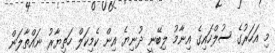
މި އަހަރުގެ ސުލްހައިގެ އިނާމު ލިބޭނީ ދުނިޔެ އިން ކެމިކަލް ހަތިޔާރު ނައްތާލަން